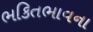
ભકિતભાવના